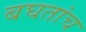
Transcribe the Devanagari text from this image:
बघतांच